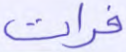
فرات